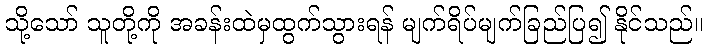
သို့သော် သူတို့ကို အခန်းထဲမှထွက်သွားရန် မျက်ရိပ်မျက်ခြည်ပြ၍ နိုင်သည်။